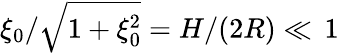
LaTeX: \xi_{0}/\sqrt{1+\xi_{0}^{2}}=H/(2R)\ll\, 1